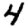
Digit: 4